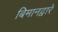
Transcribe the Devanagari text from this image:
बिमानद्वारे